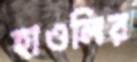
হাওলির